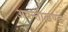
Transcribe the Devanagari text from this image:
अवन्तीखण्ड